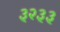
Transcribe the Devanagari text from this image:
३२३३